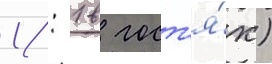
1: 1 в гост'я́х)